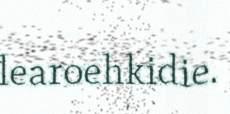
learoehkidie.